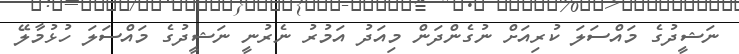
ނަޝީދުގެ މައްސަލަ ކުރިއަށް ނުގެންދަން މިއަދު އަމުރު ނެރުނީ ނަޝީދުގެ މައްސަލަ ހުޅުމާލޭ